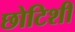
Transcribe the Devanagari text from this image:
छोटिशी